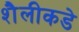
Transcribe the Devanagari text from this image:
शैलीकडे